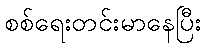
စစ်ရေးတင်းမာနေပြီး